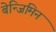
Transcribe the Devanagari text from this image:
बेन्जिमिन